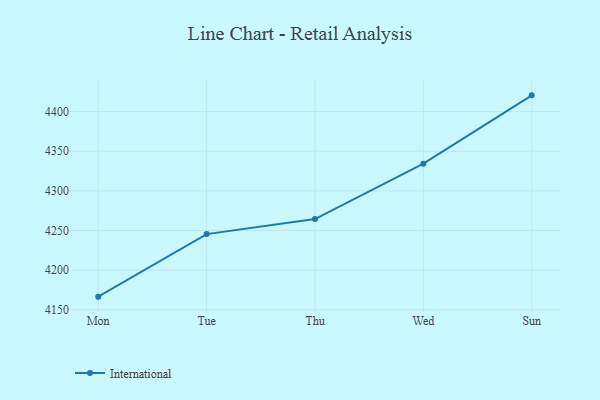
{"axis": {"x": "Day", "y": "Budget (USD K)"}, "legend": ["International"], "data": [{"x": "Mon", "y": 4166.5, "type": "International"}, {"x": "Tue", "y": 4245.4, "type": "International"}, {"x": "Thu", "y": 4264.4, "type": "International"}, {"x": "Wed", "y": 4334.3, "type": "International"}, {"x": "Sun", "y": 4420.5, "type": "International"}]}